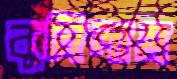
বুনিলাম